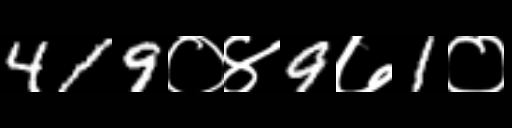
Text: 419०४9७1०